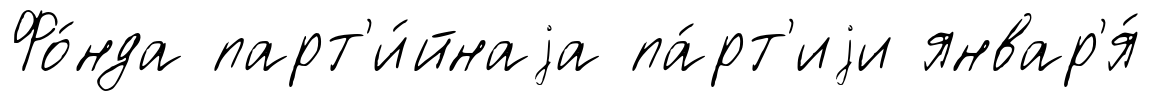
Фо́нда парт'и́йнаjа па́рт'иjи январ'я́